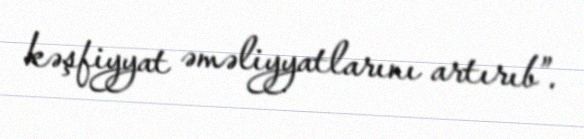
kəşfiyyat əməliyyatlarını artırıb”.